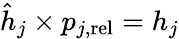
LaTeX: \hat{h}_{j}\times p_{j,\mathrm{rel}}=h_{j}